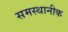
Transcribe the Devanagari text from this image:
समस्थानीक